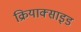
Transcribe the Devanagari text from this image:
क्रियाक्साइड